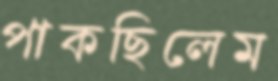
পাকছিলেম